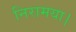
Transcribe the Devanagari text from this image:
निरामया।